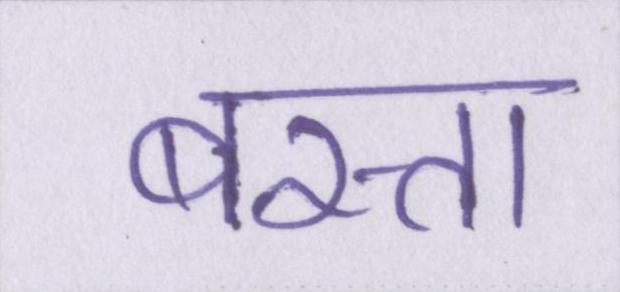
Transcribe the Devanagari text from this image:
बस्ता